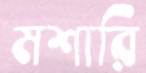
মশারি